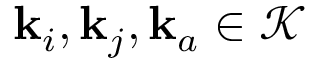
\mathbf { k } _ { i } , \mathbf { k } _ { j } , \mathbf { k } _ { a } \in \mathcal { K }